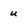
Character: u